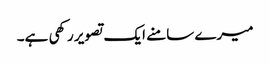
میرے سامنے ایک تصویر رکھی ہے۔